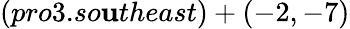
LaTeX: (pro3.so\mathbf{u}theast)+(-2,-7)